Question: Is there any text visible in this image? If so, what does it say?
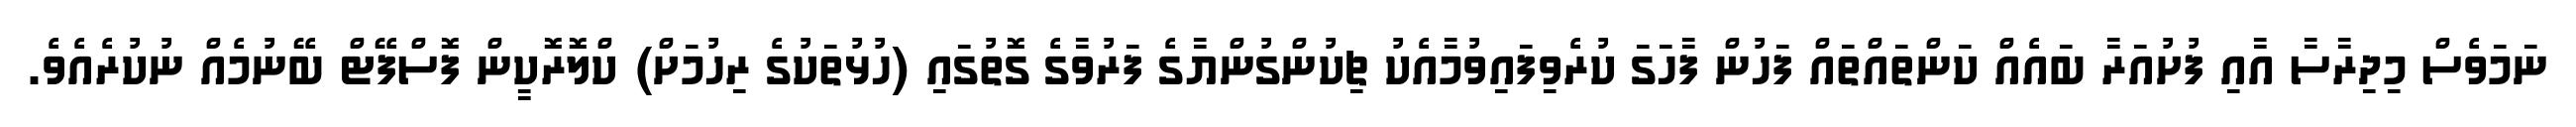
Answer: ނަމަވެސް މިދިރާސާ އާއި ފުށުއަރާ ބައެއް ކަންތައްތައް ފަހުން ފާހަގަ ކުރެވިފައިވުމާއެކު ޗިކުންގުންޔާގެ ފަރުވާގެ ގޮތުގައި (ހުޅުތަކުގެ ރިހުމަށް) ކްލޮރޮކީން ފޮސްފޭޓް ބޭނުމެއް ނުކުރެއެވެ.